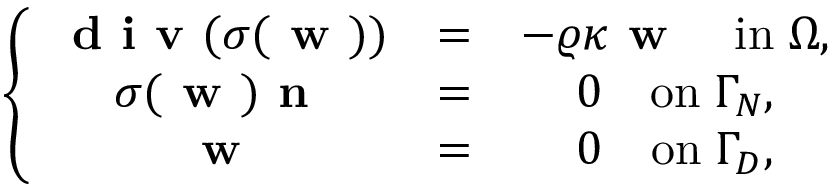
\left\{ \begin{array} { c c c c } { \textbf { d i v } ( \boldsymbol { \sigma } ( \textbf { w } ) ) } & { = } & { - \varrho \kappa \textbf { w } \quad \mathrm { i n } \; \Omega , } \\ { \boldsymbol { \sigma } ( \textbf { w } ) \textbf { n } } & { = } & { 0 \quad \mathrm { o n } \; \Gamma _ { N } , } \\ { \textbf { w } } & { = } & { \boldsymbol { 0 } \quad \mathrm { o n } \; \Gamma _ { D } , } \end{array} \right.